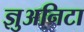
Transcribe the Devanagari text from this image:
ज्ञुअनिटा